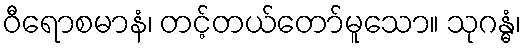
ဝီရောစမာနံ၊ တင့်တယ်တော်မူသော။ သုဂန္ဓံ၊